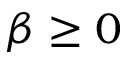
\beta \geq 0